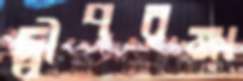
দ্বীপরক্ষা